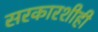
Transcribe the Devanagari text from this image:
सरकारशीही